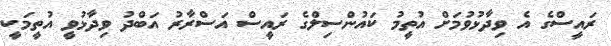
ރައީސްގެ އެ ވިދާޅުވުމަށް އުތީމު ކައުންސިލްގެ ރައީސް އަސްރާރު އަބްދު ވިދާޅުވީ އުތީމަކީ